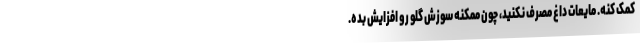
کمک کنه. مایعات داغ مصرف نکنید، چون ممکنه سوزش گلو رو افزایش بده.